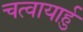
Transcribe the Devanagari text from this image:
चत्वायार्हु